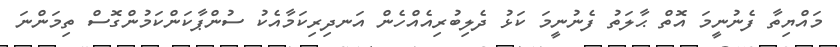
މައްޔިތާ ފެނުނީމަ އޮތް ޙާލަތު ފެނުނީމަ ކަޅު ދެލިބުރިއެއްހެން އަނދިރިކަމާއެކު ސުންޕާކަންކަމުންގޮސް ތިމަންނަ